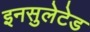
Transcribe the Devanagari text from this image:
इनसुलेटेड